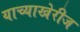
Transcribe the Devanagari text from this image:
याच्याखेरीज